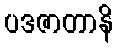
ပဒဇာတာနိ